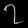
Digit: ၇